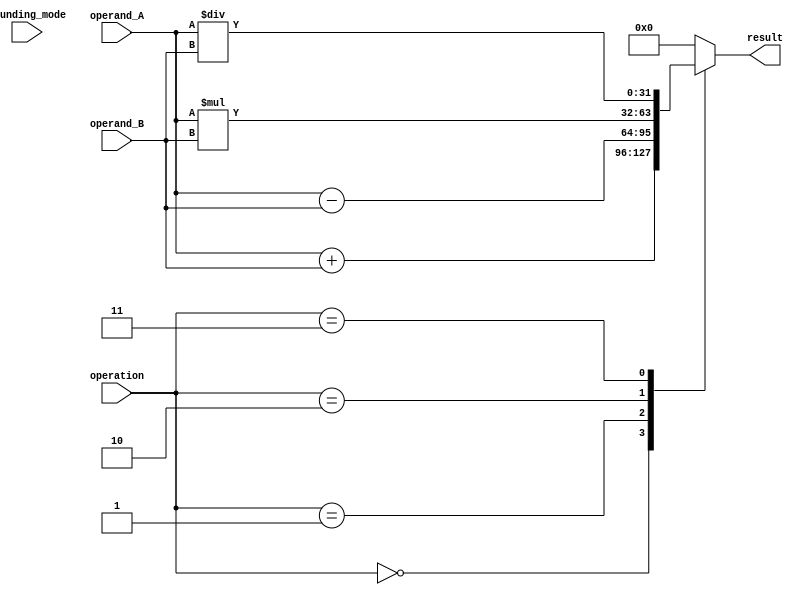
module Floating_point_ALU(
    input wire [31:0] operand_A,
    input wire [31:0] operand_B,
    input wire [2:0] operation,
    input wire [1:0] rounding_mode,
    output reg [31:0] result
);

always @(*) begin
    case(operation)
        3'b000: // Addition
            result = operand_A + operand_B;
        3'b001: // Subtraction
            result = operand_A - operand_B;
        3'b010: // Multiplication
            result = operand_A * operand_B;
        3'b011: // Division
            result = operand_A / operand_B;
        default
            result = 32'b0; // Default value
    endcase
end

endmodule